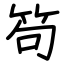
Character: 笱